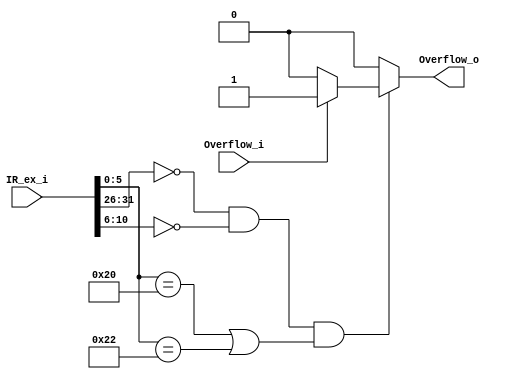
module HandleOvf(
  input       Overflow_i,
  input [31:0]IR_ex_i,
  
  output      Overflow_o
  );
  reg Overflow;
  //only add and sub examine the overflow bit
  always@(*)
  begin
    if (!IR_ex_i[31:26] && !IR_ex_i[10:6] && (IR_ex_i[5:0] == 6'h20 || IR_ex_i[5:0] == 6'h22))//add or sub
    begin
      if (Overflow_i) Overflow = 1'b1;
      else  Overflow = 1'b0;
    end
    else
      Overflow = 1'b0;
  end
  assign Overflow_o = Overflow;
endmodule